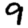
Digit: 9